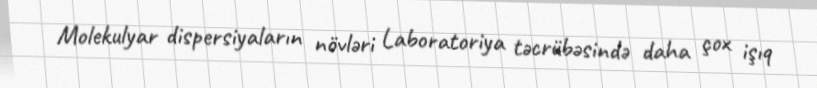
Molekulyar dispersiyaların növləri Laboratoriya təcrübəsində daha çox işıq